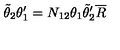
\tilde { \theta } _ { 2 } \theta _ { 1 } ^ { \prime } = N _ { 1 2 } \theta _ { 1 } \tilde { \theta } _ { 2 } ^ { \prime } \overline { { R } }